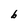
Character: b